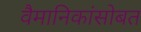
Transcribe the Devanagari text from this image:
वैमानिकांसोबत